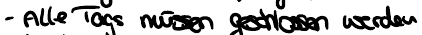
- Alle Tags müssen geschlossen werden